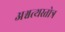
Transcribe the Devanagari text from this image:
अश्वत्थस्तोत्र